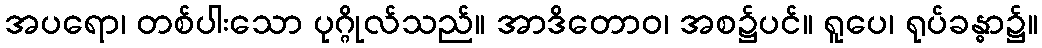
အပရော၊ တစ်ပါးသော ပုဂ္ဂိုလ်သည်။ အာဒိတောဝ၊ အစ၌ပင်။ ရူပေ၊ ရုပ်ခန္ဓာ၌။